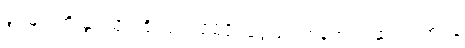
ခွင့်များကို နွားသိုးကြိုးပြတ် မိမိပိုင်ငွေဖြင့် ဟန့်တားနှောင့်ယှက်ရန်